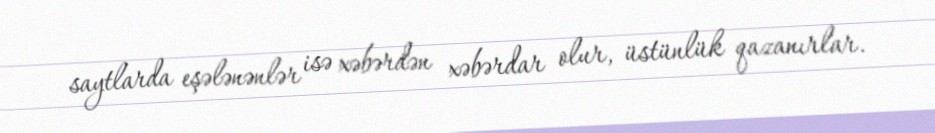
saytlarda eşələnənlər isə xəbərdən xəbərdar olur, üstünlük qazanırlar.